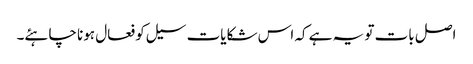
اصل بات تو یہ ہے کہ اس شکایات سیل کو فعال ہونا چاہئے۔